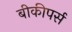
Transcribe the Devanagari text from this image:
बीकीपर्स